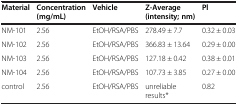
| Material | Concentration (mg/mL) | Vehicle | Z-Average (intensity; nm) | Pl |
 | --- | --- | --- | --- | --- |
 | NM-101 | 2.56 | EtOH/RSA/PBS | 278.49 ± 7.7 | 0.32 ± 0.03 |
 | NM-102 | 2.56 | EtOH/RSA/PBS | 366.83 ± 13.64 | 0.29 ± 0.00 |
 | NM-103 | 2.56 | EtOH/RSA/PBS | 127.18 ± 0.42 | 0.38 ± 0.01 |
 | NM-104 | 2.56 | EtOH/RSA/PBS | 107.73 ± 3.85 | 0.27 ± 0.00 |
 | control | 2.56 | EtOH/RSA/PBS | unreliable results* | 0.82 |